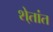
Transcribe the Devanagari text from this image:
शे्तांत